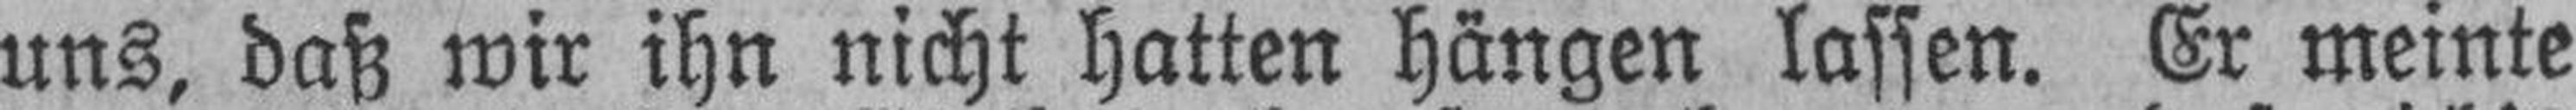
uns, daß wir ihn nicht hatten hängen lassen. Er meinte